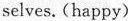
selves. (happy)